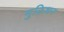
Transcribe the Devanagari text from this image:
मुक्तिधन